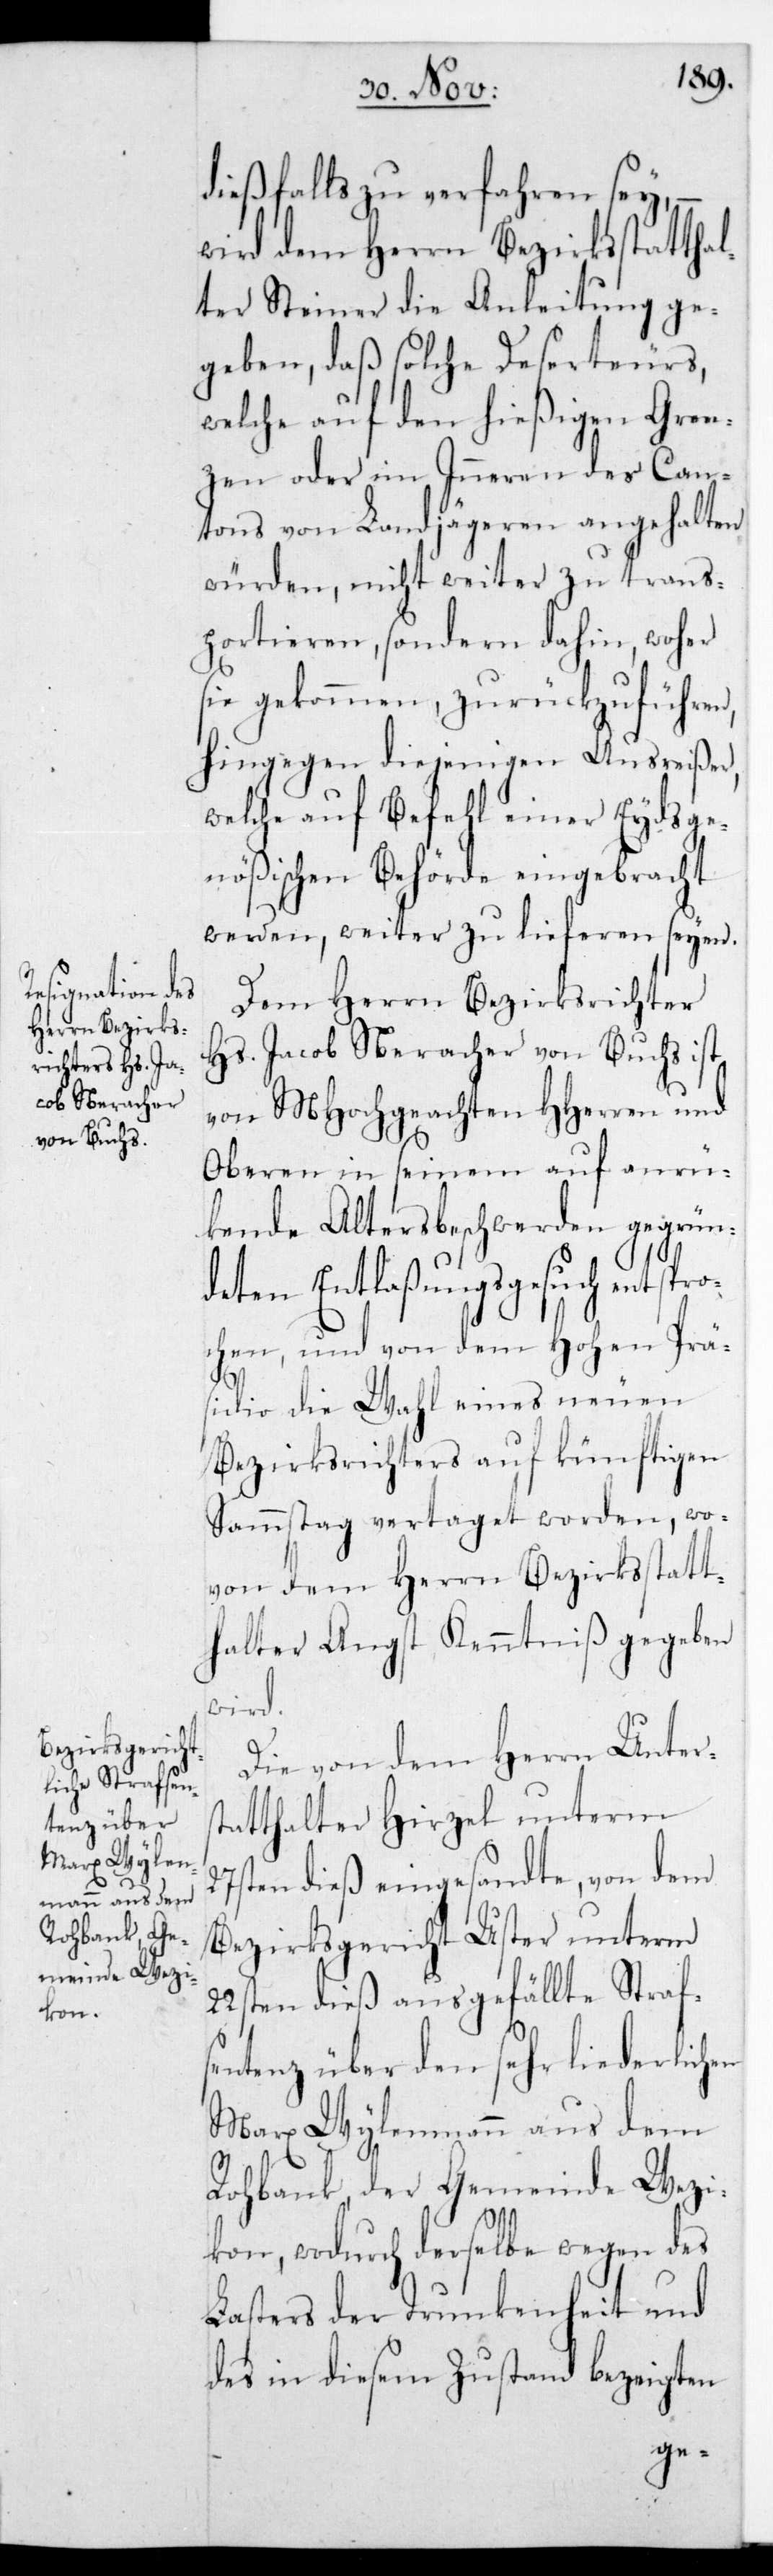
Herrn Bezirks¬
Marx Wylen¬
mann aus dem

–
dießfalls zu verfahren
st¬
ter Steiner
geben, daß solche Deserteurs,
welche auf den hießigen Gren¬
zen oder im Inneren des Can¬
tons von Landjägeren angehalten
ufü¬
würden, nicht weiter zu
woher
portieren, sondern da¬
sie gekommen, zurückz¬
en
hingegen diejenigen Ausreißer,
welche auf Befehl einer Eydsge¬
nößischen Behörde eingebracht
werden, weiter zu lieferen seien.
Dem Herrn Bezirksrichter
Hs. Jacob Neracher von Buchs ist
von MHochgeachten HHerren und
Oberen in seinem auf anrüc¬
kende Altersbeschwerden gegrün¬
deten Entlaßungsgesuch entspro¬
chen, und von dem Hohen Präs¬
idio die Wahl eines neuen
Bezirksrichters auf künftigen
Sammstag vertaget worden, wo¬
von dem Herrn Bezirksstatt¬
halter Angst Kenntniß gegeben
wird.
Die von dem Herrn Unter¬
atthalter Hirzel unterm
27sten dieß eingesandte, von dem
Bezirksgericht Uster unterm
22sten dieß ausgefällte Strafs¬
entenz über den sehr liederlich¬
Rohbank der Gemeinde Wetzi¬
kon, wodurch derselbe wegen des
Lasters der Trunkenheit und
des in diesem Zustand bezeigten
ge¬